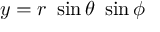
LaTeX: y = r ~ \sin \theta ~ \sin \phi